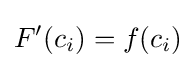
F'(c_{i})=f(c_{i})